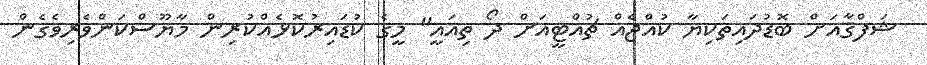
ޝަފްޤާއަށް ބޮޑުދައިތަކިޔާ ކުއްޖެއް ޗުއްޓީއަށް ދޯ ތިއައީ" މީގެ ކުޑައިރުކޮޅެއްކުރިން މާޔޫސްކަންވެރިވެގެން